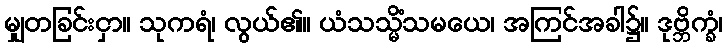
မျှတခြင်းငှာ။ သုကရံ၊ လွယ်၏။ ယံသသ္မိံသမယေ၊ အကြင်အခါ၌။ ဒုဗ္ဘိက္ခံ၊